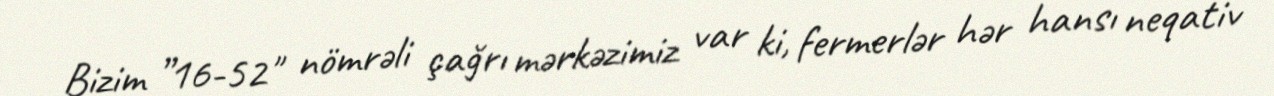
Bizim ”16-52" nömrəli çağrı mərkəzimiz var ki, fermerlər hər hansı neqativ